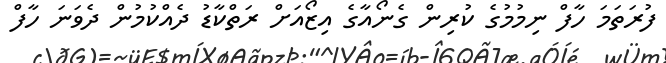
ފުރަތަމަ ހާފް ނިމުމުގެ ކުރިން ގެނޯއާގެ އިޒޯއަށް ރަތްކާޑު ދެއްކުމުން ދެވަނަ ހާފް